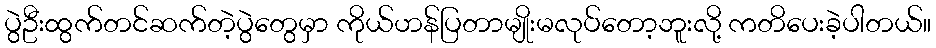
ပွဲဦးထွက်တင်ဆက်တဲ့ပွဲတွေမှာ ကိုယ်ဟန်ပြတာမျိုးမလုပ်တော့ဘူးလို့ ကတိပေးခဲ့ပါတယ်။